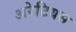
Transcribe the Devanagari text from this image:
अरेटियस